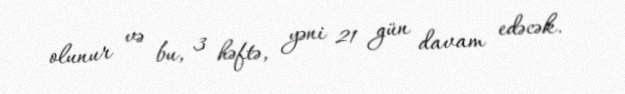
olunur və bu, 3 həftə, yəni 21 gün davam edəcək.